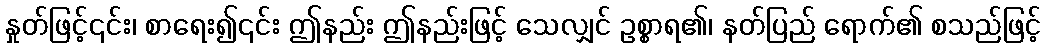
နှုတ်ဖြင့်၎င်း၊ စာရေး၍၎င်း ဤနည်း ဤနည်းဖြင့် သေလျှင် ဥစ္စာရ၏၊ နတ်ပြည် ရောက်၏ စသည်ဖြင့်